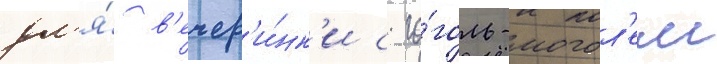
дл'я́ в'ечер'и́нк'и с го́голь-могол'ем